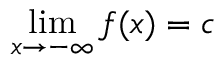
\operatorname* { l i m } _ { x \rightarrow - \infty } f ( x ) = c